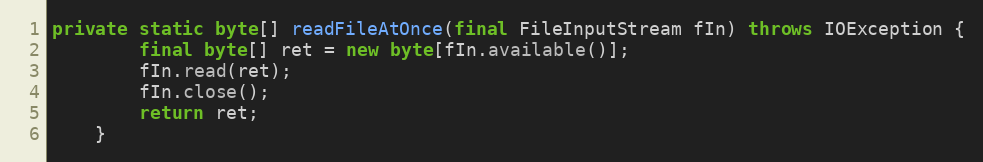
Language: Java
private static byte[] readFileAtOnce(final FileInputStream fIn) throws IOException {
		final byte[] ret = new byte[fIn.available()];
		fIn.read(ret);
		fIn.close();
		return ret;
	}